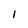
Character: l